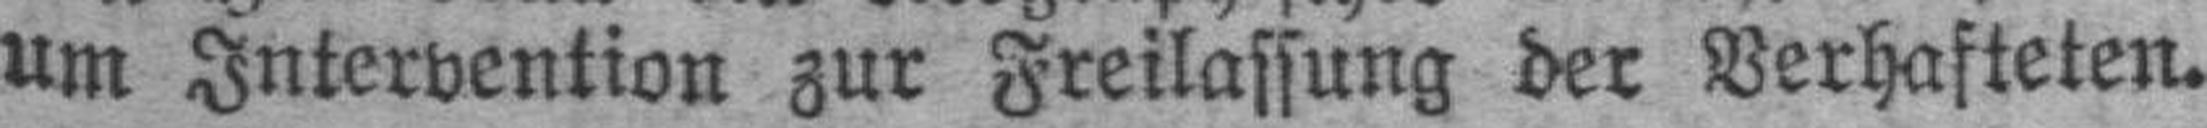
um Intervention zur Freilassung der Verhafteten.